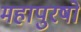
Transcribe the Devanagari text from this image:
महापुरषो